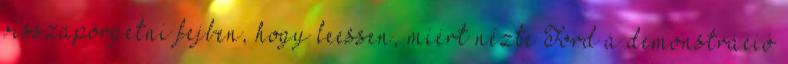
visszapörgetni fejben, hogy leessen, miért nézte Ford a demonstráció